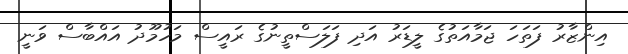
އިންޒާރު ފަތަހަ ޖަމާއަތުގެ ލީޑަރު އަދި ފަލަސްތީނުގެ ރައީސް މަހުމޫދު އައްބާސް ވަނީ